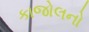
કાજોલનો